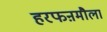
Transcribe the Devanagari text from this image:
हरफऩमौला